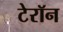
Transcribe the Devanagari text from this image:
टेरॉन